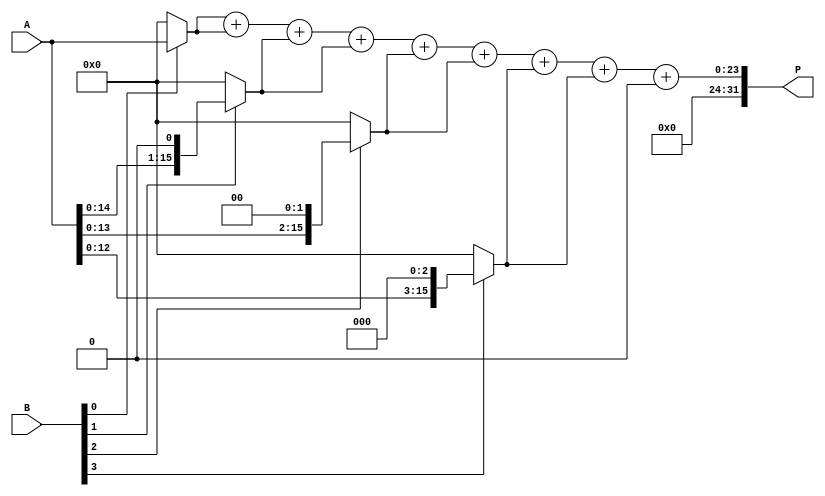
module higher_radix_wallace_multiplier (
    input [15:0] A, // 16-bit input A
    input [15:0] B, // 16-bit input B
    output [31:0] P // 32-bit product output
);

    // Intermediate partial products
    wire [15:0] pp[0:15]; // Partial products
    wire [31:0] sum[0:15]; // Sums for Wallace tree

    // Generate partial products for Radix-8
    genvar i, j;
    generate
        for (i = 0; i < 16; i = i + 1) begin : pp_gen
            assign pp[i] = (B[i/2] ? (A << (i/2)) : 16'b0);
        end
    endgenerate

    // Wallace Tree Reduction Logic
    // First stage: Grouping and summing
    wire [31:0] sum_stage[0:15];
    wire [15:0] carry_stage[0:15];

    // Initial sum and carry generation
    generate
        for (i = 0; i < 16; i = i + 1) begin : sum_gen
            assign sum_stage[i] = pp[i];
            assign carry_stage[i] = 0; // Initialize carry
        end
    endgenerate

    // Wallace Tree Reduction
    // Here we will implement a simple reduction logic
    // This is a simplified version; a full implementation would require more stages
    wire [31:0] final_sum;
    wire [31:0] final_carry;

    // Example of a simple reduction (not fully optimized)
    assign final_sum = sum_stage[0] + sum_stage[1] + sum_stage[2] + sum_stage[3] +
                       sum_stage[4] + sum_stage[5] + sum_stage[6] + sum_stage[7];
    assign final_carry = carry_stage[0] + carry_stage[1] + carry_stage[2] + carry_stage[3] +
                         carry_stage[4] + carry_stage[5] + carry_stage[6] + carry_stage[7];

    // Final addition to get the product
    assign P = final_sum + final_carry;

endmodule